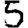
Digit: 5